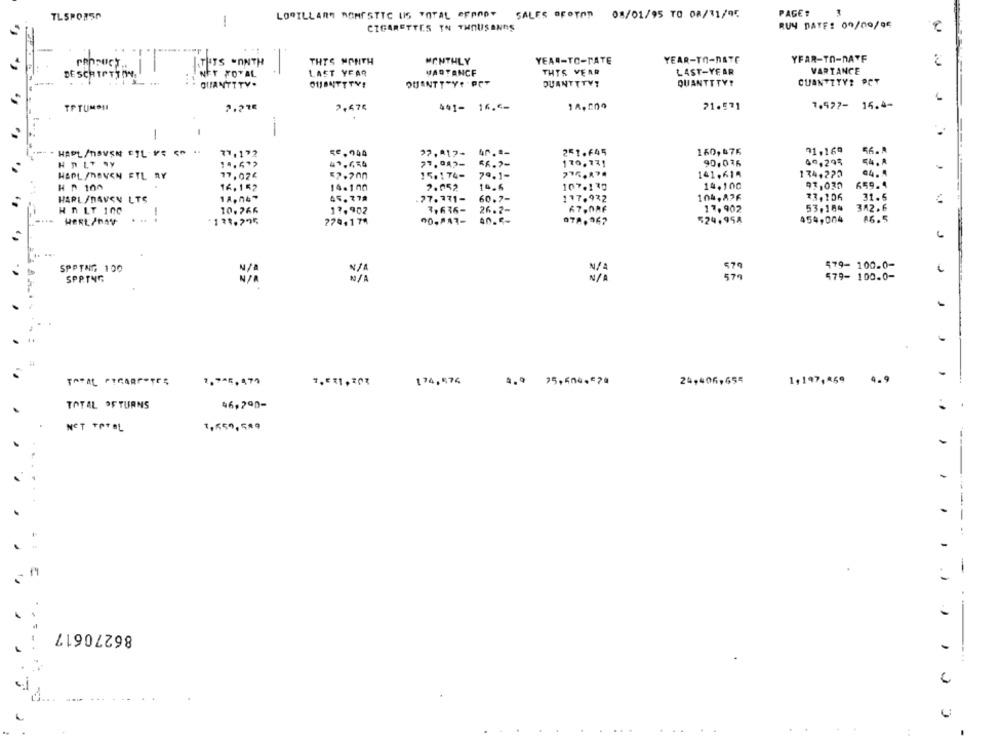
TLSPOREN
LOPILLANT DOMESTIC US TOTAL OFRAP- SALES BROTAM 08/01/95 TO OR/11/95
PAGE:
CIGARETTES TN THOUSANDS
RUY DATE: 09/10/96
MONTHLY
YEAR-TO-TATE
YEAR-TO-DATE
YFAR-TO-DATE
THIS .nNTH
THIS MONTH
NET TOTAL
LAST YEAR
VARTANCF
THIS VEAR
LAST-YEAR
VARTANCE
DESCRIPTION
CUANTITY? PCT
QUANTITY.
011BUTTTY!
QUANTT"Y? "PCP
QUANTTTY?
QUANTTTYP
TPTUMOHL
2,475
441- 16.5-
21.571
7.577- 15.4-
1
77.172
ce,004
37, 417-
4r .:-
251.645
160,476
91.169
14.4*>
49.654
130.731
90,036
40,295
54.A
HAPL /HAVEN FTL RY
77,024
57.200
15.174-
79.1-
141,614
174,220
64.4
14.100
93,030
659.4
H A 100
16, 152
14.100
2.052
19.6
107.130
HARL /DAVON LTS
45.778
.77. 771-
60.7-
117.972
104,826
73,106
31.5
17,902
53.184
382.6
HALT 100
10.766
17.902
3.636-
26.2-
HERL/NAV
. ..
-.
133.295
270.174
90-843-
078.967
524.954
454,004
SPPING 100
579-100.0-
SPP.TYG
579- 100.0-
-
7,081,303
174, 576
24,406,655
1,197,469
4.9
TOTAL OFTURNS
46,200-
NET TOTAL
-
...
86270617